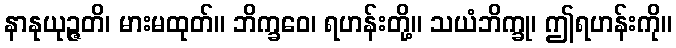
နာနုယုဉ္ဇတိ၊ မားမထုတ်။ ဘိက္ခဝေ၊ ရဟန်းတို့။ သယံဘိက္ခု၊ ဤရဟန်းကို။